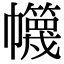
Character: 𢅵